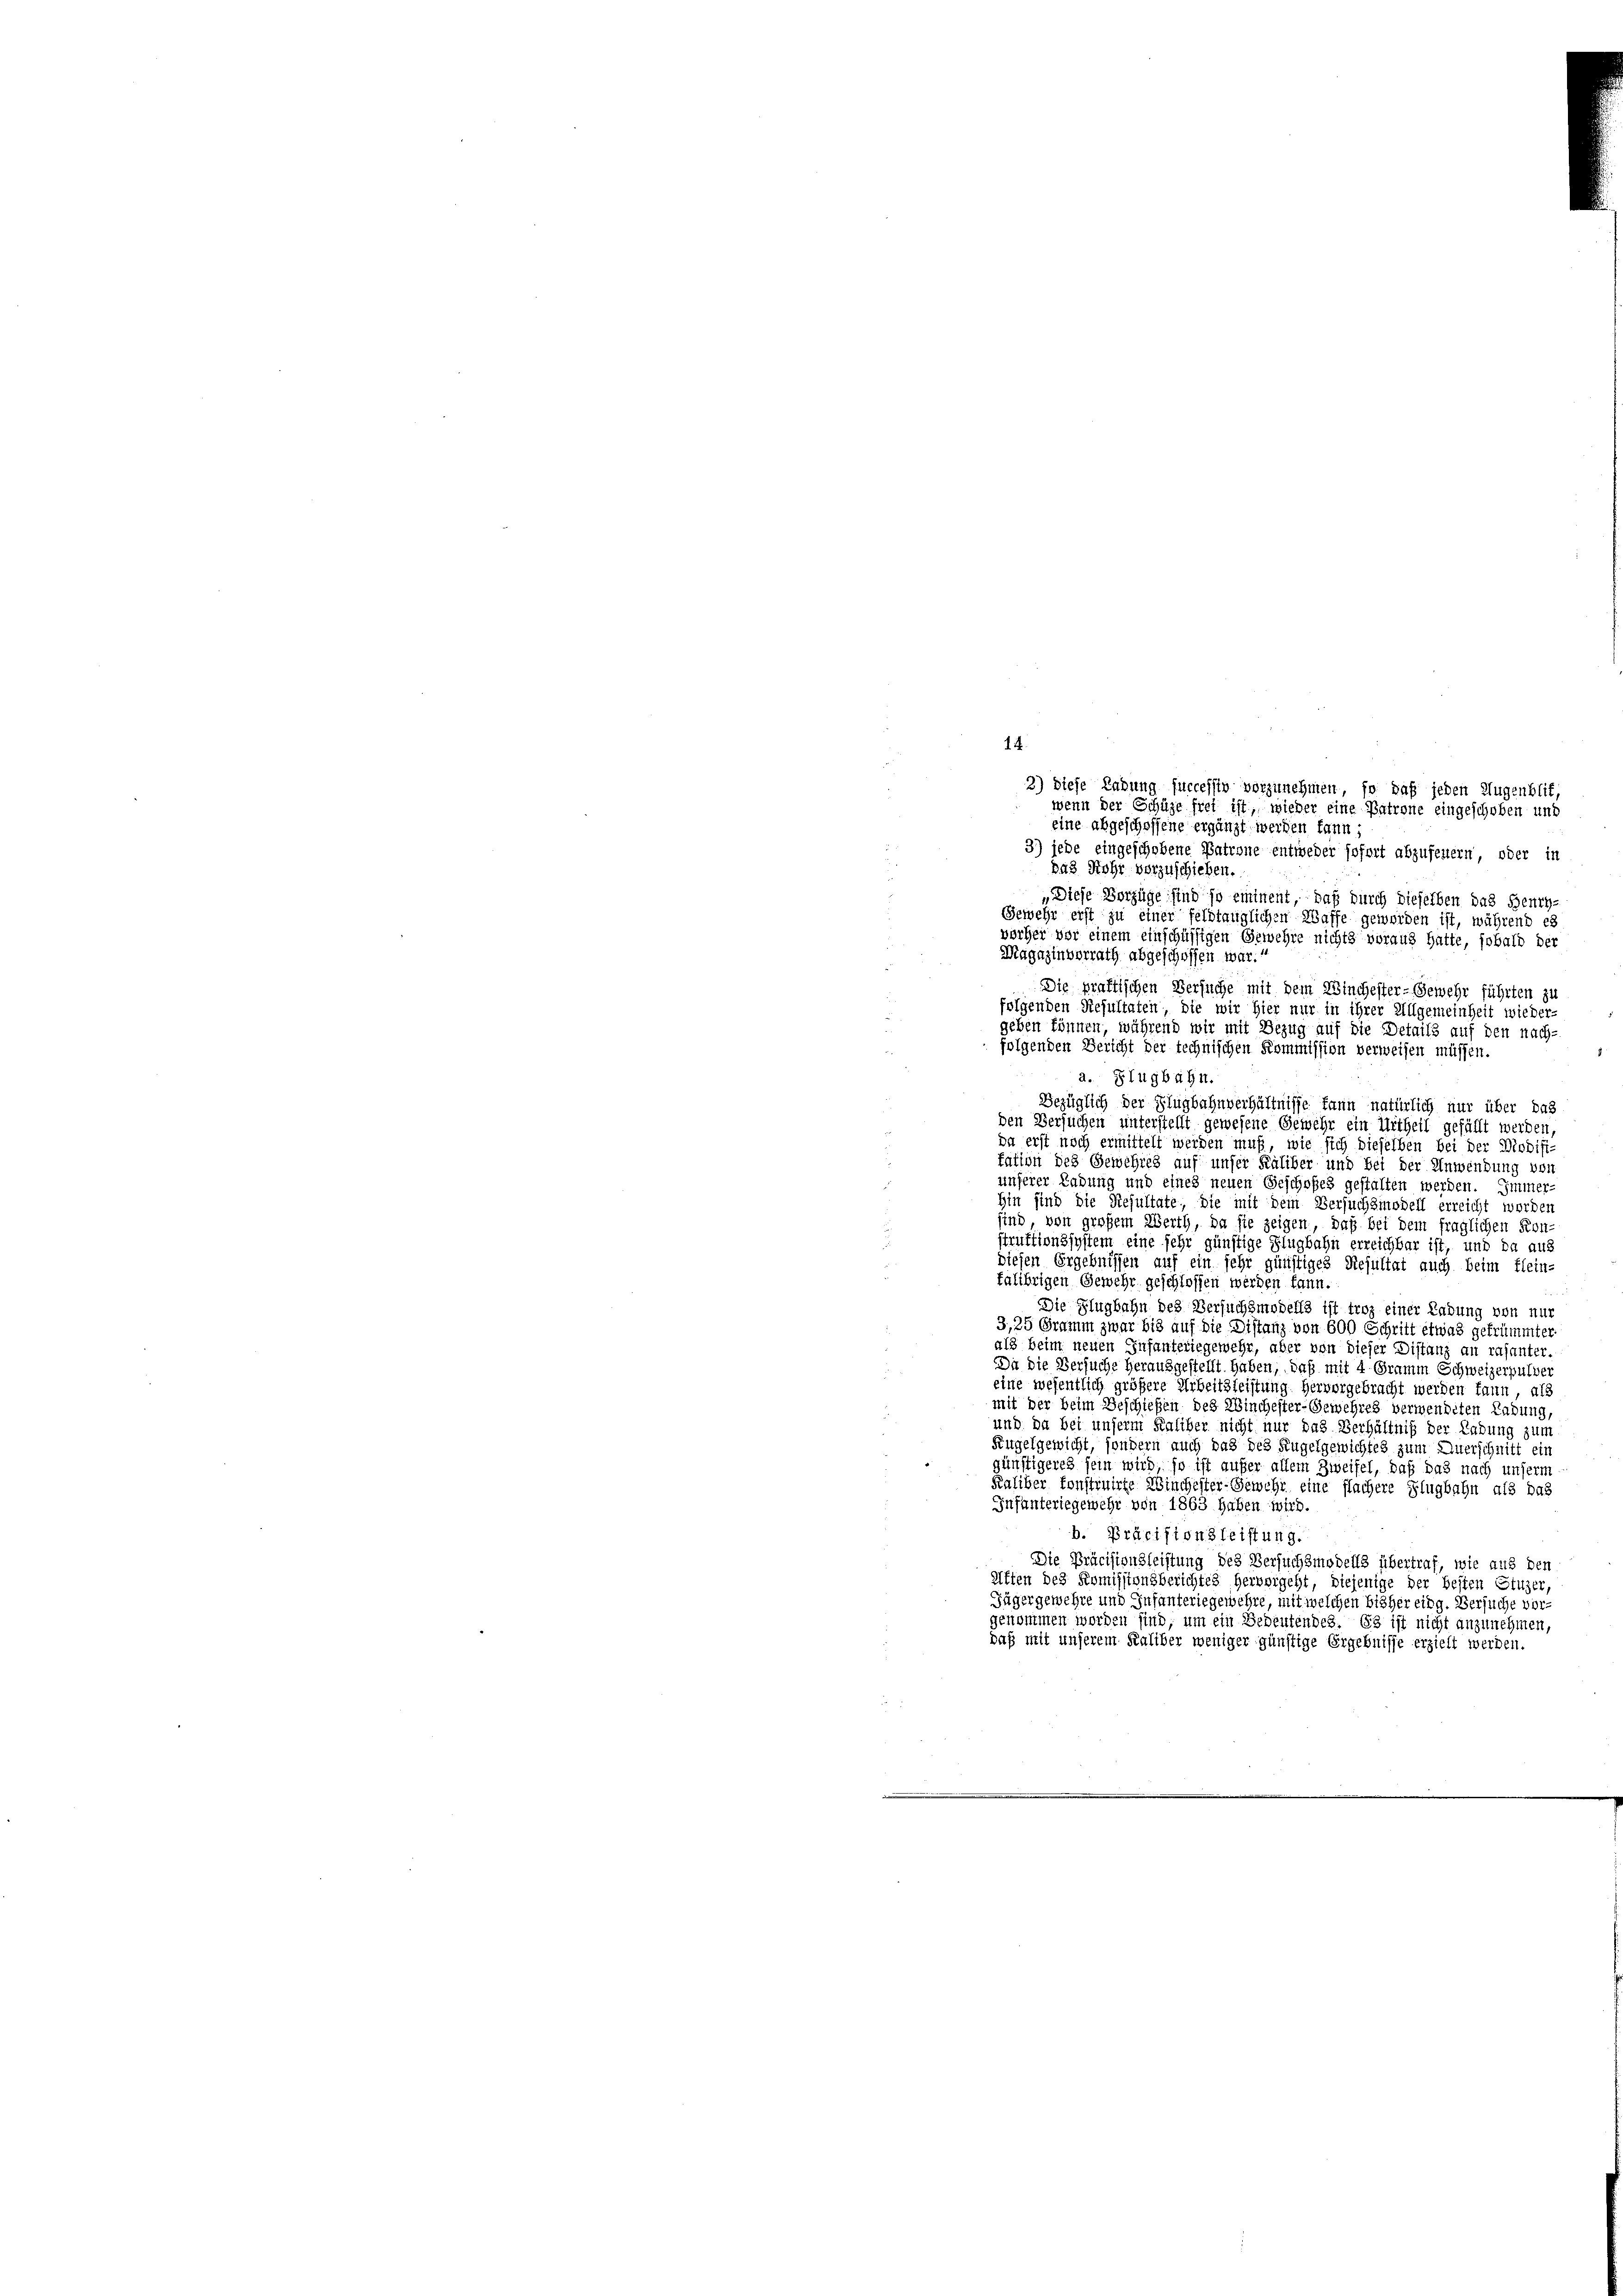
14.

2) Diese Labung successiv vorzunehmen, so daß jeden Augenblit,
wenn der Schüze frei ist, wieder eine Patrone eingeschoben und
eine abgeschoffene ergänzt werden kann;
3) jede eingeschobene Patrone entweder sofort abzufeuern, oder in
Das Rohr vorzuschieben.
5
„Diese Vorzüge sind so einiment, daß durch dieselben das Henry
Gewehr erst zu einer feldtänglichen Waffe geworden ist, während es
vorher vor einem einschüssigen Gewehre nichts voraus hatte, sobald der
Magazinverrath abgeschoffen war.“
Die praktischen Versuche mit dem Winchester-Gewehr führten zu
folgenden Resultaten, die wir hier nur in ihrer Allgemeinheit wieder-
geben können, während wir mit Bezug auf die Details auf den nach-
folgenden Bericht der technischen Kommission verweisen müssen.
a. Flugbahn.
Bezüglich der Flugbahnverhältnisse kann natürlich nur über das
den Versuchen unterstellt gewesene Gewehr ein Urtheil gefällt werden,
da erst noch ermittelt werden muß, wie sich dieselben bei der Modifi-
tation des Gewehres auf unser Käliber und bei der Anwendung von
unserer Ladung und eines neuen Geschofes gestalten werden. Immer-
Hin sind die Resultate, die mit dem Versuchsmodell erreicht worden
sind von großem Werth, da sie zeigen, daß bei dem fraglichen Kon-
struktionssystem eine sehr günstige Flugbahn erreichbar ist, und da aus
diesen Ergebnissen auf ein sehr günstiges Resultat auch beim Flein-
falibrigen Gewehr geschlossen werden kann.
Die Flugbahn des Versuchsmodell ist troz einer Ladung von nur
3,25 Gramm zwar bis auf die Distanz von 600 Schritt etwas gefrümmter
als beim neuen Infanteriegewehr, aber von dieser Distanz an rasanter-
Du die Versuche herausgestellt. Haben, daß mit 4 Gramm Schweizerpulve
eine wesentlich größere Arbeitsleistung hervorgebracht werden kann, als
mit der beim Beschießen des Winchester-Gewehres verwendeten Labung,
und da bei unserm Kaliber nicht nur das Verhältniß der Labung zum
Kugelgewicht, sondern auch das des Kugelgewichtes zum Auerschnitt ein
günstigeres sein wird, so ist aufer allem Zweifel, daß das nach unserm
Kaliber konstruirte Winchester-Gewehr eine flachere Flugbahn als das
Infanteriegewehr von 1863 haben wird.
b. Präcisionsleistung.
Die Präcisionsleistung des Versuchsmodells übertraf, wie aus den
Aften des Komissionsberichtes Hervorgeht, diejenige der besten Stuzer
Füger gewehre und Infanteriegewehre, mit welchen bisher eing. Versuche vor-
genommen worden sind; um ein Bedeutendes. 63 ist nicht anzunehmen,
daß mit unserem Kaliber weniger günstige Ergebnisse erzielt werden.